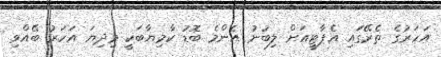
އަހަރުގެ ތެރޭގައި އެޕާޓީއަށް ލިބުނު އެންމެ ބޮޑު ކާމިޔާބަކީ މިދިޔަ އަހަރު ބޭއްވި